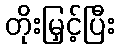
တိုးမြှင့်ပြီး